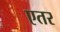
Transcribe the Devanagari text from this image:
एतर